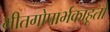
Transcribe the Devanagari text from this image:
भीतगोपार्भकाहूतो